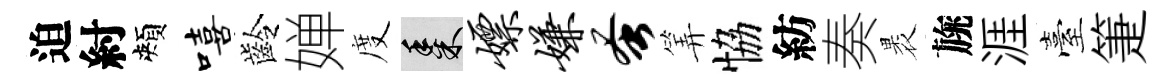
迫紂頰嘻齡婵度黍嫖嫌蚤筭恊紡奏褁旐涯臺箑